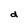
Character: d